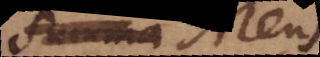
summa Mens